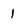
Character: 1